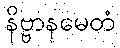
နိဗ္ဗာနမေတံ